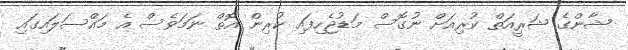
ޝާންގެ ޝަރީއަތް ކުރިއަށް ނުގޮސް މަޑުޖެހިފައި ކުރިން އޮތް ނަމަވެސް އެ މައްސަލައިގައި